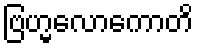
ဗြဟ္မလောကောတိ